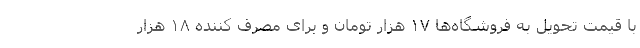
با قیمت تحویل به فروشگاه‌ها ۱۷ هزار تومان و برای مصرف کننده ۱۸ هزار